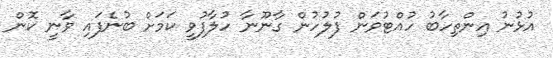
އުޅުނު އިންތިހާބު ހުއްޓުވަން ފުލުހުން ގާނޫނާ ހުލާފުވީ ކަމަށް ބުނެފައި ވާނީ ކޮން